Source: Handwritten
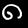
Digit: ၈ (8)